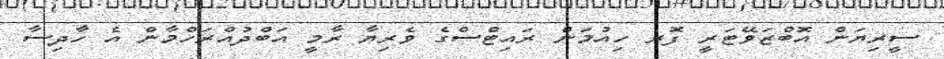
ސީރިޔަން އޮބްޒަވޭޓަރީ ފޮރ ހިއުމަން ރައިޓްސްގެ ވެރިޔާ ރާމީ އަބްދުއްރަހްމާން އެ ހާދިސާ